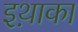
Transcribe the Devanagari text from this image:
इथ़ाका